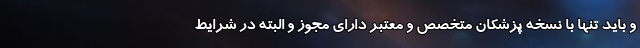
و باید تنها با نسخه پزشکان متخصص و معتبر دارای مجوز و البته در شرایط